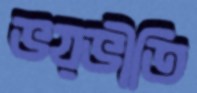
ভয়ভীতি